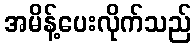
အမိန့်ပေးလိုက်သည်